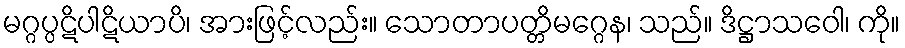
မဂ္ဂပ္ပဋိပါဋိယာပိ၊ အားဖြင့်လည်း။ သောတာပတ္တိမဂ္ဂေန၊ သည်။ ဒိဋ္ဌာသဝေါ၊ ကို။